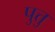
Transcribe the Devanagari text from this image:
पुत्तु